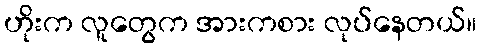
ဟိုးက လူတွေက အားကစား လုပ်နေတယ်။